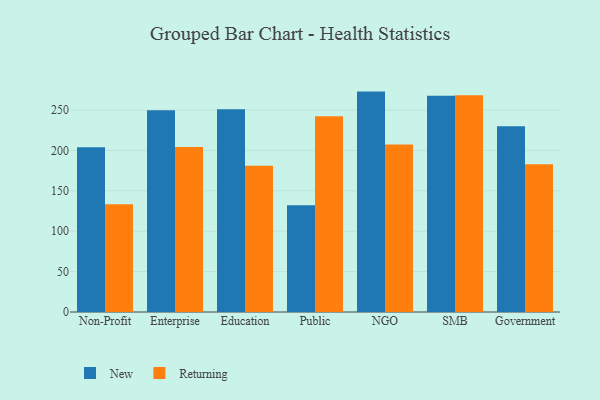
{"axis": {"x": "Segment", "y": "Budget (USD K)"}, "legend": ["New", "Returning"], "data": [{"x": "Non-Profit", "y": 203.8, "type": "New"}, {"x": "Non-Profit", "y": 133.3, "type": "Returning"}, {"x": "Enterprise", "y": 249.8, "type": "New"}, {"x": "Enterprise", "y": 204.1, "type": "Returning"}, {"x": "Education", "y": 250.8, "type": "New"}, {"x": "Education", "y": 181.0, "type": "Returning"}, {"x": "Public", "y": 132.1, "type": "New"}, {"x": "Public", "y": 242.2, "type": "Returning"}, {"x": "NGO", "y": 272.8, "type": "New"}, {"x": "NGO", "y": 207.2, "type": "Returning"}, {"x": "SMB", "y": 267.6, "type": "New"}, {"x": "SMB", "y": 268.2, "type": "Returning"}, {"x": "Government", "y": 229.8, "type": "New"}, {"x": "Government", "y": 182.9, "type": "Returning"}]}